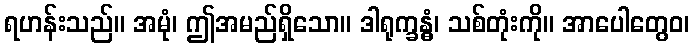
ရဟန်းသည်။ အမုံ၊ ဤအမည်ရှိသော။ ဒါရုက္ခန္ဓံ၊ သစ်တုံးကို။ အာပေါတွေဝ၊